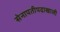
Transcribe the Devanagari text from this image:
सेनापतीपदाखाली